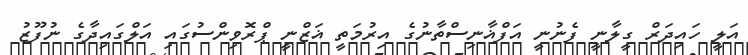
އަލީ ހައިދަރް ގީލާނީ ފެނުނީ އަފްޣާނިސްތާނުގެ އިރުމަތީ ޣަޒްނީ ޕްރޮވިންސުގައި އަލްގައިދާގެ ނުފޫޒު